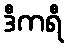
ဒီကရီ